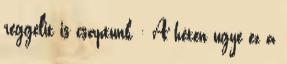
reggelit is csaptunk : A héten ugye ez a